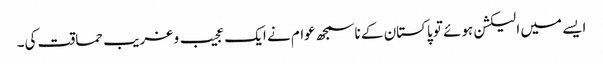
ایسے میں الیکشن ہوئے تو پاکستان کے ناسمجھ عوام نے ایک عجیب و غریب حماقت کی۔